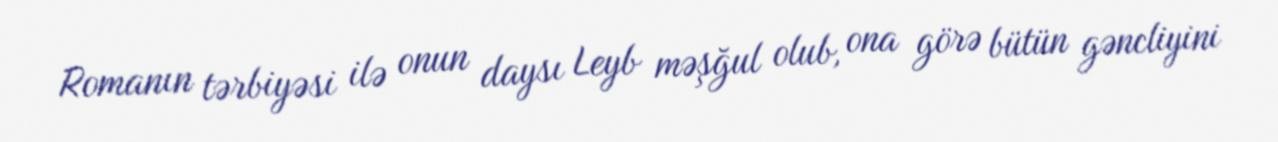
Romanın tərbiyəsi ilə onun daysı Leyb məşğul olub, ona görə bütün gəncliyini